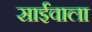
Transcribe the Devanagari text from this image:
साईंवाला